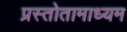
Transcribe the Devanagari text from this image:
प्रस्तोतामाध्यम